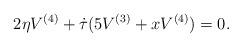
LaTeX: \begin{align*}2\eta V^{(4)}+\dot{\tau}(5 V^{(3)}+x V^{(4)})=0.\end{align*}